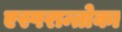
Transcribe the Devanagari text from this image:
एस्परान्तोका